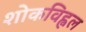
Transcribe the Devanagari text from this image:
शोकविह्वल